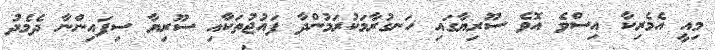
މިއީ އެމެރިކާ އިސްވެ އޮވެ ސޫރިޔާގައި ހަނގުރާމަކުރަމުންދާ ފައުޖުތަކާއި ސޫރިޔާ ސިފައިންނާ ދެމެދު